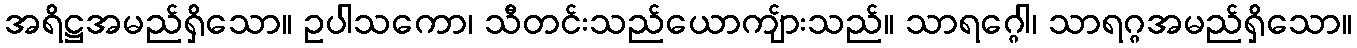
အရိဋ္ဌအမည်ရှိသော။ ဥပါသကော၊ သီတင်းသည်ယောကျ်ားသည်။ သာရဂ္ဂေါ၊ သာရဂ္ဂအမည်ရှိသော။